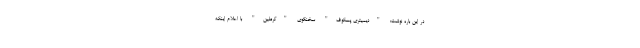
در این باره نوشت: "دیمیتری پسکوف" سخنگوی "کرملین" با اعلام اینکه